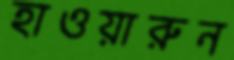
হাওয়ারুন